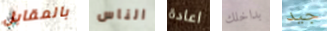
بالمقابل الناس اعادة بداخلك جيد